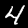
Label: 4